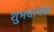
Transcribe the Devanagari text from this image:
शुभधायक